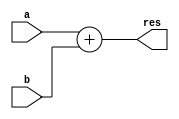
module Adder #(parameter bit = 32)(a, b, res);
    input [bit-1:0] a, b;
    output [bit-1:0] res;
    assign res = a + b;
endmodule

module InstructionMem #(parameter N = 32)(instruction, address);
    output reg[N-1:0] instruction;
    input [N-1:0] address;
    always @*
        case(address)
            32'd0: instruction = 32'b000000_00001_00010_00000_00000000000;
            32'd1: instruction = 32'b000000_00011_00100_00000_00000000000;
            32'd2: instruction = 32'b000000_00101_00110_00000_00000000000;
            32'd3: instruction = 32'b000000_00111_01000_00010_00000000000;
            32'd4: instruction = 32'b000000_01001_01010_00011_00000000000;
            32'd5: instruction = 32'b000000_01011_01100_00000_00000000000;
            32'd6: instruction = 32'b000000_01101_01110_00000_00000000000;
        endcase
   endmodule

module PCRegister # (parameter bit = 32)(out, in, rst, freeze, clk);
    input [bit - 1:0] in;
    input rst, freeze, clk;
    output reg [bit - 1:0] out;
    always@(posedge clk, posedge rst) begin
        if(rst)
            out <= {bit{1'b0}};
        else if(~freeze)
            out <= in;
        else
            out <= out; 
    end
endmodule

module Mux2To1 # (parameter bit = 32)(out, in1, in2, sel);
    input [bit - 1:0] in1, in2;
    input sel;
    output [bit - 1:0] out;
    assign out = (sel == 1'b0) ? in1 : in2;
endmodule

module IF_Stage(clk, rst, freeze, branch_taken, branchAddr, pc, instruction);
    input clk, rst, freeze, branch_taken;
    input [31:0] branchAddr;
    output [31:0] pc, instruction;

    wire [31:0] adderOut;
    wire [31:0] PCout;
    wire [31:0] muxIFout;
    
    Adder adder(.a(PCout), .b(32'd4), .res(adderOut));
    InstructionMem instMem(.instruction(instruction), .address(PCout));
    Mux2To1 muxIF(.out(muxIFout),.in1(adderOut), .in2(32'd0), .sel(1'd0));
    PCRegister PCReg(.out(PCout), .in(muxIFout), .rst(rst), .freeze(1'd0), .clk(clk));
    
    assign pc = muxIFout;
endmodule